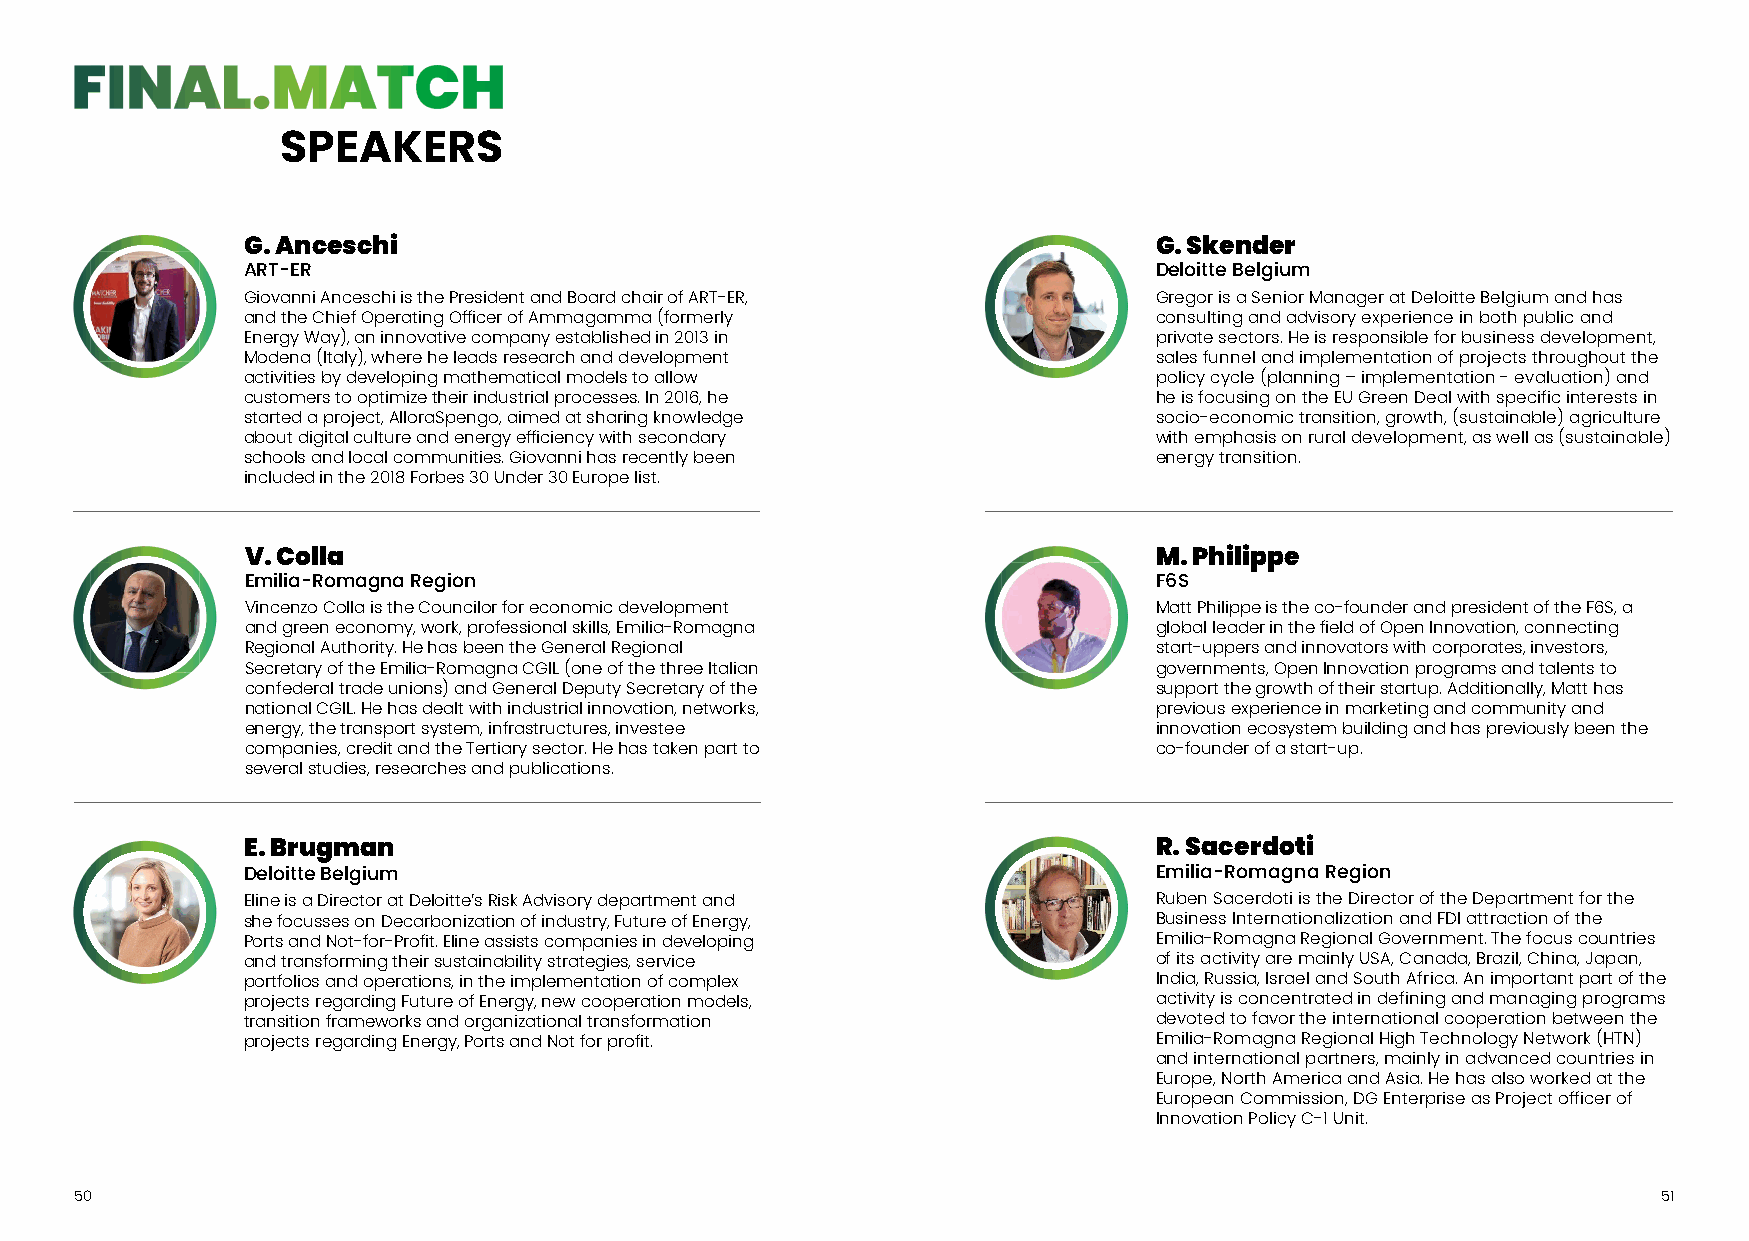
SSPPEEAAKKEERRSS
 G. Anceschi                                                 G. Skender
 ART-ER                                                      Deloitte Belgium
 Giovanni Anceschi is the President and Board chair of ART-ER, Gregor is a Senior Manager at Deloitte Belgium and has
 and the Chief Operating Officer of Ammagamma (formerly      consulting and advisory experience in both public and
 Energy Way), an innovative company established in 2013 in   private sectors. He is responsible for business development,
 Modena (Italy), where he leads research and development     sales funnel and implementation of projects throughout the
 activities by developing mathematical models to allow       policy cycle (planning – implementation - evaluation) and
 customers to optimize their industrial processes. In 2016, he he is focusing on the EU Green Deal with specific interests in
 started a project, AlloraSpengo, aimed at sharing knowledge socio-economic transition, growth, (sustainable) agriculture
 about digital culture and energy efficiency with secondary  with emphasis on rural development, as well as (sustainable)
 schools and local communities. Giovanni has recently been   energy transition.
 included in the 2018 Forbes 30 Under 30 Europe list.
 V. Colla                                                    M. Philippe
 Emilia-Romagna Region                                       F6S
 Vincenzo Colla is the Councilor for economic development    Matt Philippe is the co-founder and president of the F6S, a
 and green economy, work, professional skills, Emilia-Romagna global leader in the field of Open Innovation, connecting
 Regional Authority. He has been the General Regional        start-uppers and innovators with corporates, investors,
 Secretary of the Emilia-Romagna CGIL (one of the three Italian governments, Open Innovation programs and talents to
 confederal trade unions) and General Deputy Secretary of the support the growth of their startup. Additionally, Matt has
 national CGIL. He has dealt with industrial innovation, networks, previous experience in marketing and community and
 energy, the transport system, infrastructures, investee     innovation ecosystem building and has previously been the
 companies, credit and the Tertiary sector. He has taken part to co-founder of a start-up.
 several studies, researches and publications.
 E. Brugman                                                  R. Sacerdoti
 Deloitte Belgium                                            Emilia-Romagna Region
 Eline is a Director at Deloitte’s Risk Advisory department and Ruben Sacerdoti is the Director of the Department for the
 she focusses on Decarbonization of industry, Future of Energy, Business Internationalization and FDI attraction of the
 Ports and Not-for-Profit. Eline assists companies in developing Emilia-Romagna Regional Government. The focus countries
 and transforming their sustainability strategies, service   of its activity are mainly USA, Canada, Brazil, China, Japan,
 portfolios and operations, in the implementation of complex India, Russia, Israel and South Africa. An important part of the
 projects regarding Future of Energy, new cooperation models, activity is concentrated in defining and managing programs
 transition frameworks and organizational transformation     devoted to favor the international cooperation between the
 projects regarding Energy, Ports and Not for profit.        Emilia-Romagna Regional High Technology Network (HTN)
 and international partners, mainly in advanced countries in
 Europe, North America and Asia. He has also worked at the
 European Commission, DG Enterprise as Project officer of
 Innovation Policy C-1 Unit.
 5500                                                                                                     5511